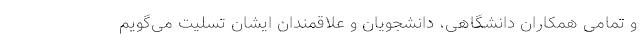
و تمامی همکاران دانشگاهی، دانشجویان و علاقمندان ایشان تسلیت می‌گویم